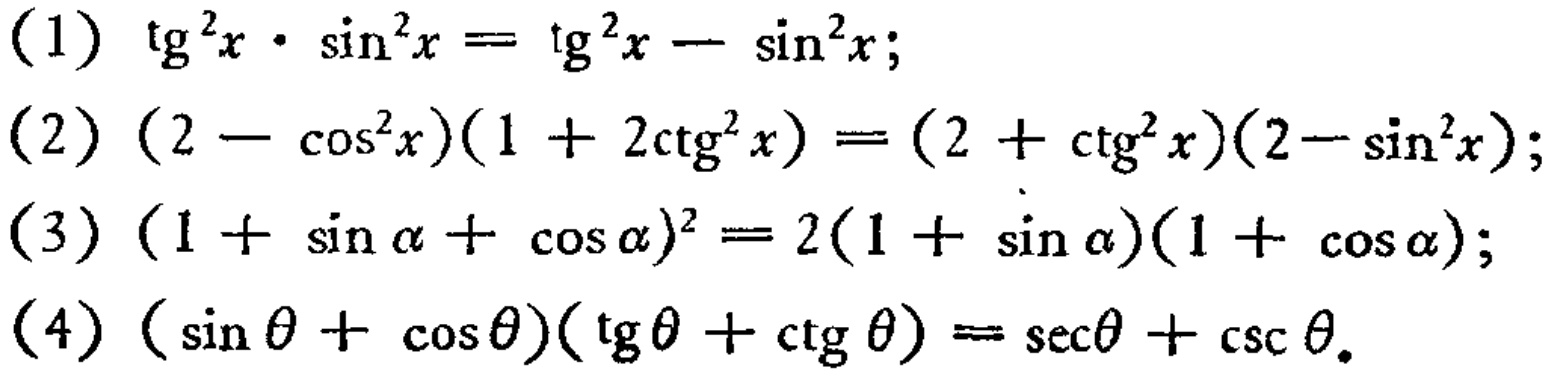
(1) \(\mathrm{tg}^{2}x\cdot\sin^{2}x = \mathrm{tg}^{2}x - \sin^{2}x\);
(2) \((2 - \cos^{2}x)(1 + 2\mathrm{ctg}^{2}x) = (2 + \mathrm{ctg}^{2}x)(2-\sin^{2}x)\);
(3) \((1 + \sin\alpha+\cos\alpha)^{2} = 2(1 + \sin\alpha)(1 + \cos\alpha)\);
(4) \((\sin\theta+\cos\theta)(\mathrm{tg}\theta+\mathrm{ctg}\theta)=\sec\theta+\csc\theta\).